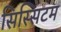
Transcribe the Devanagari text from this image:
सिस्सिटम